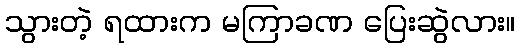
သွားတဲ့ ရထားက မကြာခဏ ပြေးဆွဲလား။